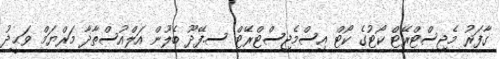
ގާފަރު މެޖިސްޓްރޭޓް ކޯޓުގެ ކޯޓް އިސްމެޖިސްޓްރޭޓް ސ.ފޭދޫ ބެލޫން އަލްއުސްތާޛާ މަރްޔަމް ވަޙީދު